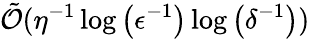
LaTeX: \tilde{\mathcal{O}}(\eta^{-1}\log\left(\epsilon^{-1}\right)\log\left(\delta^{-1}\right))